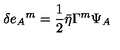
\delta e _ { A } { } ^ { m } = { \frac { 1 } { 2 } } \bar { \eta } \Gamma ^ { m } \Psi _ { A }